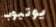
يوتيوب